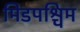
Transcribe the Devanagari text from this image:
मिडपश्चिम